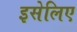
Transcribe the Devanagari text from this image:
इसेलिए